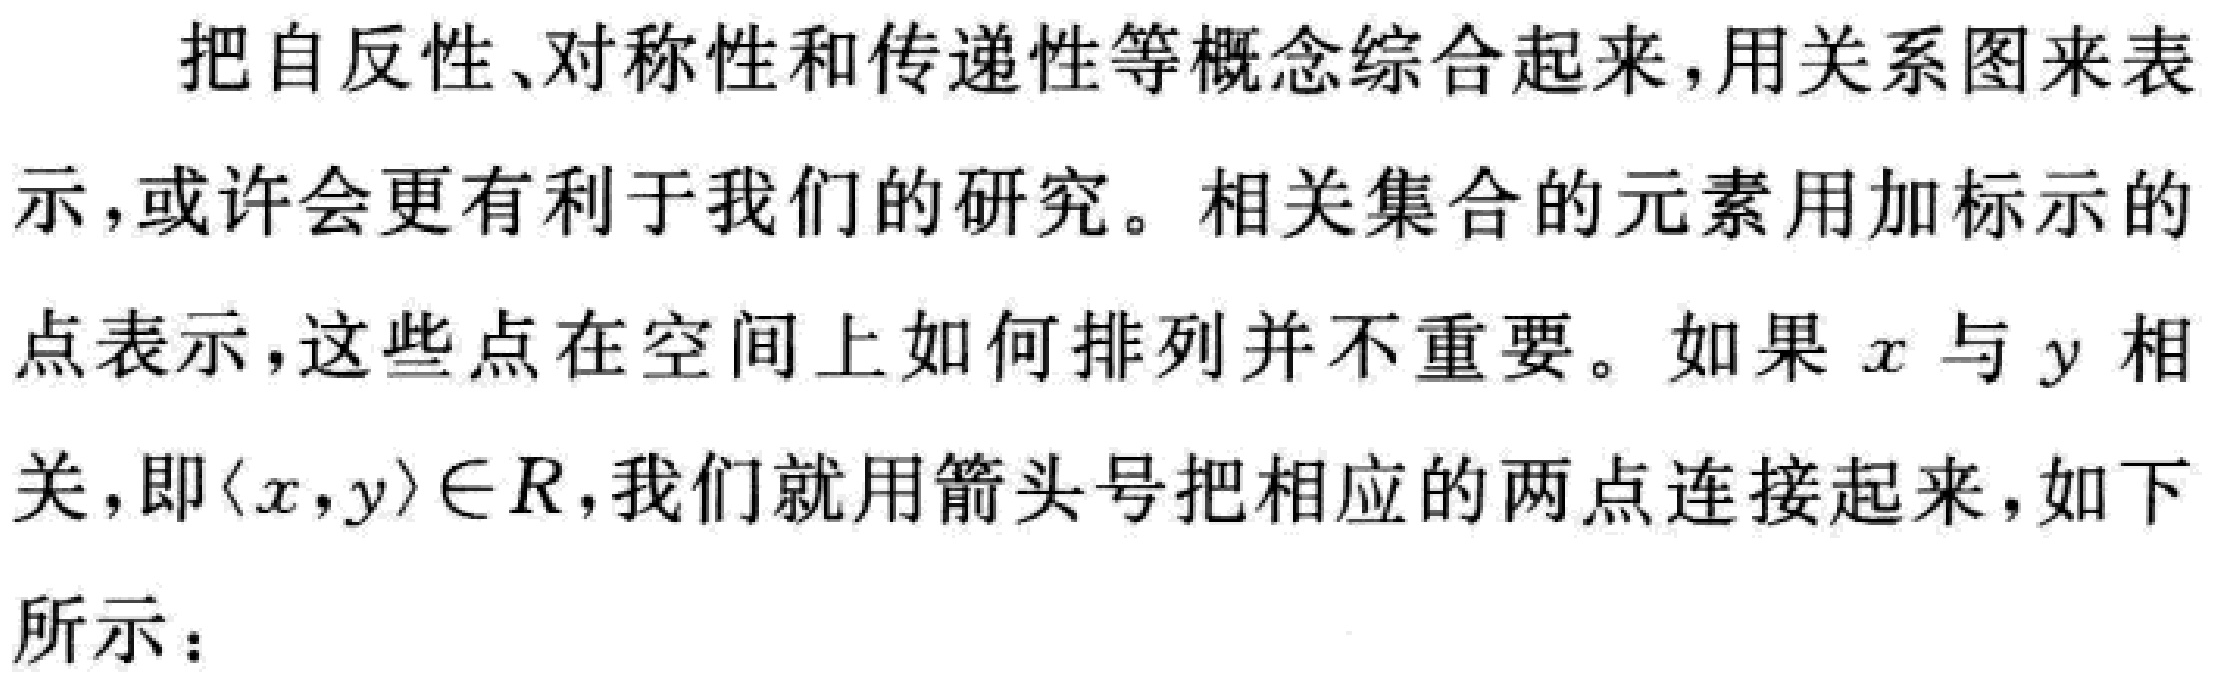
把自反性、对称性和传递性等概念综合起来，用关系图来表示，或许会更有利于我们的研究。相关集合的元素用加标示的点表示，这些点在空间上如何排列并不重要。如果\(x\)与\(y\)相关，即\(\langle x,y\rangle\in R\)，我们就用箭头号把相应的两点连接起来，如下所示：